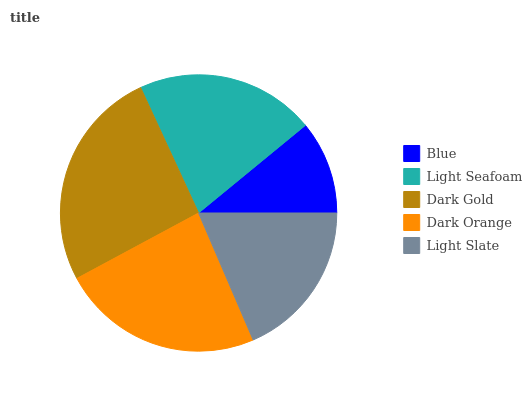
| Blue | Light Seafoam | Dark Gold | Dark Orange | Light Slate |
 | --- | --- | --- | --- | --- |
 | 10.9% | 21% | 26% | 23.6% | 18.5% |